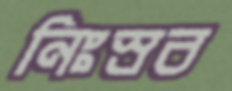
নিঃস্রব